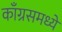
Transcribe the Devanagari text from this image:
काँग्रसमध्ये